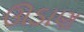
ઊડાણ